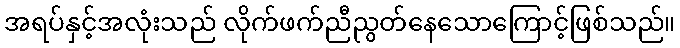
အရပ်နှင့်အလုံးသည် လိုက်ဖက်ညီညွတ်နေသောကြောင့်ဖြစ်သည်။